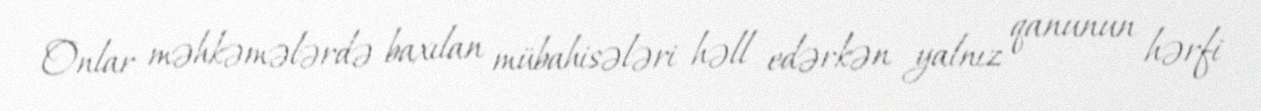
Onlar məhkəmələrdə baxılan mübahisələri həll edərkən yalnız qanunun hərfi